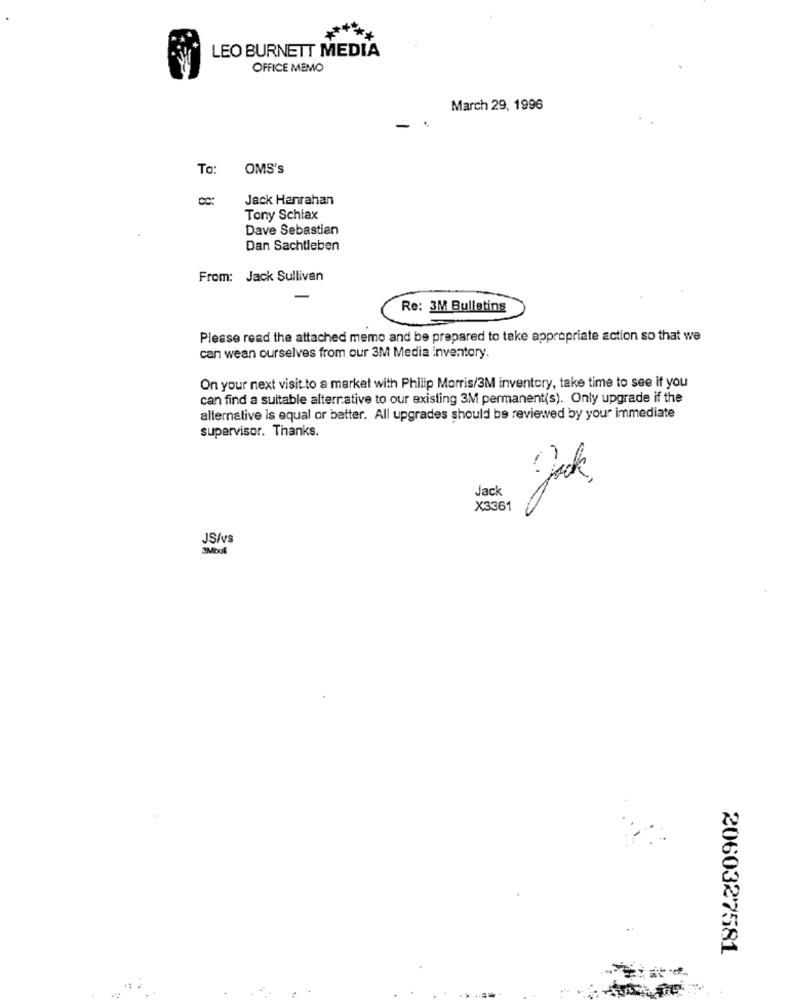
***
LEO BURNETT MEDIA
OFFICE MEMO
March 29, 1996
To:
OMS's
Jack Hanrahan
Tony Schtax
Dave Sebastian
Dan Sachtleben
From: Jack Sullivan
Re: 3M Bulletins
Please read the attached memo and be prepared to take appropriate action so that we
can wean ourselves from our 3M Media inventory.
On your next visit to a market with Philip Morris/3M inventory, take time to see if you
can find a suitable alternative to our existing 3M permanent(s). Only upgrade if the
alternative is equal or better. All upgrades should be reviewed by your immediate
supervisor. Thanks.
Jack
X3361
2060327581